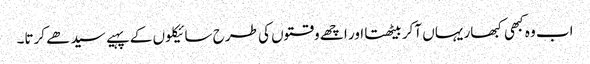
اب وہ کبھی کبھار یہاں آکر بیٹھتا اور اچھے وقتوں کی طرح سائیکلوں کے پہیے سیدھے کرتا۔